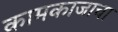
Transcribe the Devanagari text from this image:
कामकाजाचा